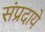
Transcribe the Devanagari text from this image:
संप्रदाये